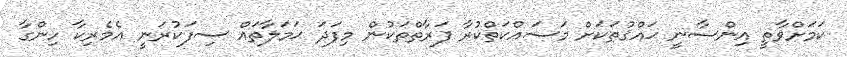
ކަމަށްވާތީ އިންސާނީ ޙައްޤުތަކަށް މަސައްކަތްކުރާ ފަރާތްތަކުން މިފަދަ ޙަމަލާތައް ސިފަކުރަނީ އެމެރިކާ ހިންގާ